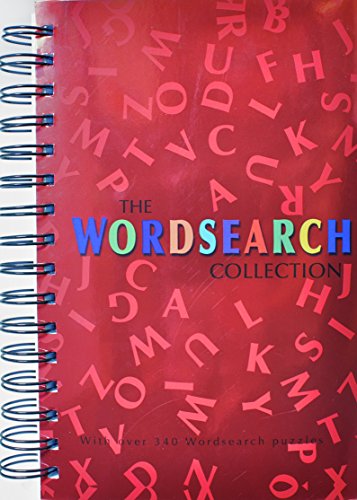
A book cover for Wordsearch Collection (Spiral Crosswords); Parragon Books; Humor & Entertainment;